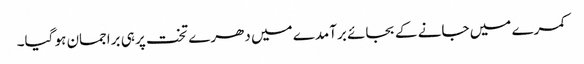
کمرے میں جانے کے بجائے برآمدے میں دھرے تخت پر ہی براجمان ہو گیا۔